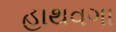
હાથવગા